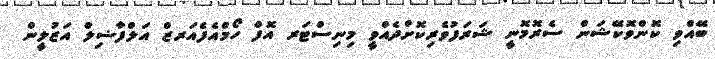
ބޭއްވި ކޮންވޮކޭޝަން ސެރޮމޮނީ ޝަރަފުވެރިކޮށްދެއްވީ މިނިސްޓަރ އޮފް ހޯމްއެފެއަރޒް އަލްފާޟިލް އަޒުލީން